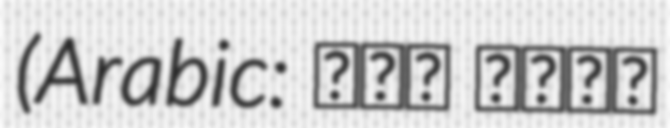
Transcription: (Arabic: آية صلاح